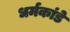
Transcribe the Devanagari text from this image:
धर्मकांडे